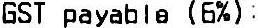
GST PAYABLE (6%) :